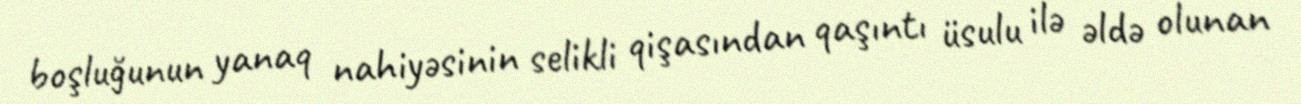
boşluğunun yanaq nahiyəsinin selikli qişasından qaşıntı üsulu ilə əldə olunan